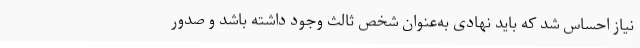
نیاز احساس شد که باید نهادی به‌عنوان شخص ثالث وجود داشته باشد و صدور